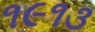
૧૯૧૩